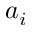
a _ { i }